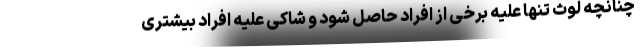
چنانچه لوث تنها علیه برخی از افراد حاصل شود و شاکی علیه افراد بیشتری